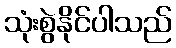
သုံးစွဲနိုင်ပါသည်